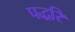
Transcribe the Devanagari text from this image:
पद्धरि